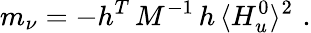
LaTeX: m_{\nu}=-h^{T}\, M^{-1}\, h\, \langle H_{u}^{0}\rangle^{2}\, \, .